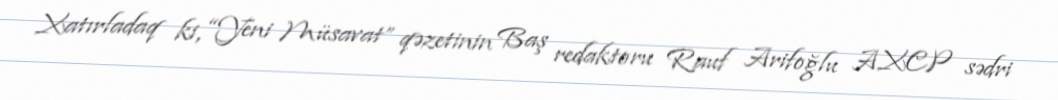
Xatırladaq ki, “Yeni Müsavat” qəzetinin Baş redaktoru Rauf Arifoğlu AXCP sədri